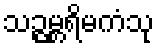
သဉ္ဇမ္ဘရိမကံသု